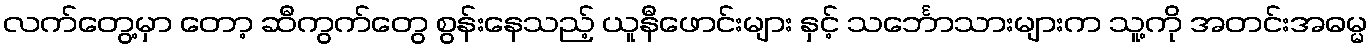
လက်တွေ့မှာ တော့ ဆီကွက်တွေ စွန်းနေသည့် ယူနီဖောင်းများ နှင့် သင်္ဘောသားများက သူ့ကို အတင်းအဓမ္မ